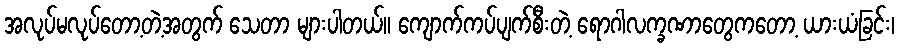
အလုပ်မလုပ်တော့တဲ့အတွက် သေတာ များပါတယ်။ ကျောက်ကပ်ပျက်စီးတဲ့ ရောဂါလက္ခဏာတွေကတော့ ယားယံခြင်း၊